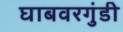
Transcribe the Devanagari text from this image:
घाबवरगुंडी